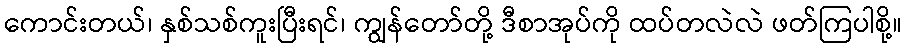
ကောင်းတယ်၊ နှစ်သစ်ကူးပြီးရင်၊ ကျွန်တော်တို့ ဒီစာအုပ်ကို ထပ်တလဲလဲ ဖတ်ကြပါစို့။